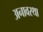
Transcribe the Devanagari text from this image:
अनावस्था